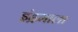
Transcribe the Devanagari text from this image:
इंद्रमाला